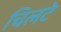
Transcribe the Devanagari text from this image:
चिलटे